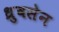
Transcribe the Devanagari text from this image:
ध्रुवसेन